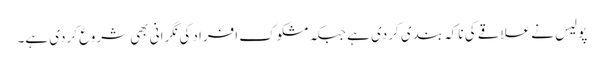
پولیس نے علاقے کی ناکہ بندی کردی ہے جبکہ مشکوک افراد کی نگرانی بھی شروع کردی ہے۔